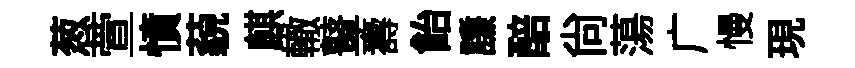
葱萱憤藐麒轍鼙壽飴謙醅尙蕩广慢現